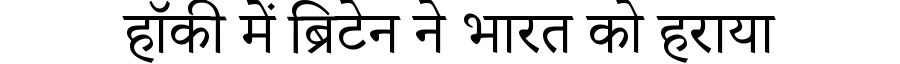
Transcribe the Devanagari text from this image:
हॉकी में ब्रिटेन ने भारत को हराया